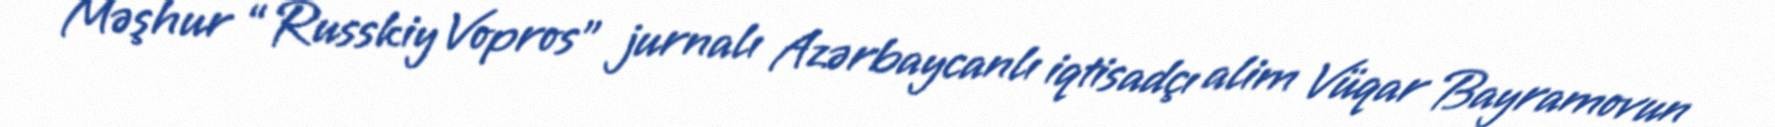
Məşhur “Russkiy Vopros” jurnalı Azərbaycanlı iqtisadçı alim Vüqar Bayramovun